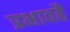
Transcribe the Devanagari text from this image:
प्रभावहैं